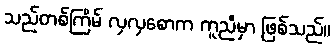
သည်တစ်ကြိမ် လှလှစောက ကူညီမှာ ဖြစ်သည်။